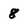
Character: 8